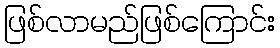
ဖြစ်လာမည်ဖြစ်ကြောင်း